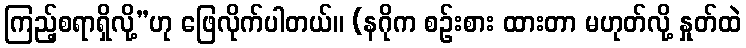
ကြည့်စရာရှိလို့”ဟု ဖြေလိုက်ပါတယ်။ (နဂိုက စဉ်းစား ထားတာ မဟုတ်လို့ နှုတ်ထဲ